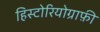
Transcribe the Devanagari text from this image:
हिस्टोरियोग्राफ़ी